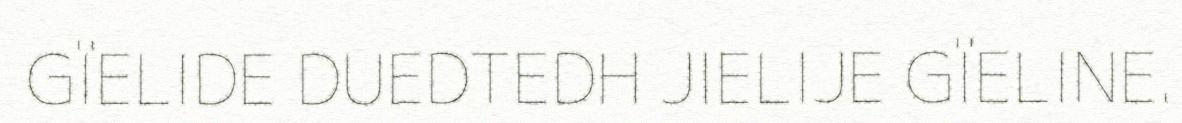
GÏELIDE DUEDTEDH JIELIJE GÏELINE.